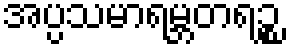
အပ္ပသမာရမ္ဘတရဉ္စ